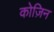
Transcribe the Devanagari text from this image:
कोज़िन